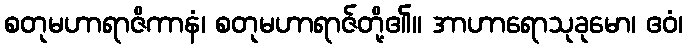
စတုမဟာရာဇိကာနံ၊ စတုမဟာရာဇ်တို့၏။ အာဟာရောသုခုမော၊ ဧဝံ၊